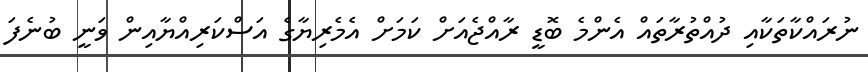
ނުރައްކާތަކާއި ދުއްތުރާތައް އެންމެ ބޮޑީ ރާއްޖެއަށް ކަމަށް އެމެރިޔާގެ އަސްކަރިއްޔާއިން ވަނީ ބުނެފަ